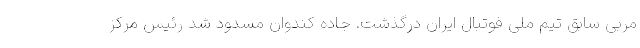
مربی سابق تیم ملی فوتبال ایران درگذشت. جاده کندوان مسدود شد رئیس مرکز